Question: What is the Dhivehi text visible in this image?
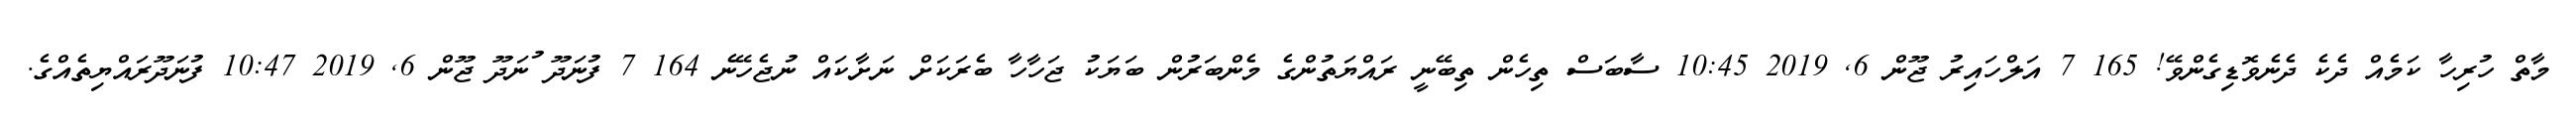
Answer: މާތް ހުރިހާ ކަމެއް ދެކެ ދެނެވޮޑިގެންވޭ! 165 7 އަލްހައިރު ޖޫން 6, 2019 10:45 ސާބަސް ތިހެން ތިބޭނީ ރައްޔަތުންގެ މެންބަރުން ބަޔަކު ޖަހާހާ ބެރަކަށް ނަށާކައް ނުޖެހޭނެ 164 7 ފުނަދޫ ުނަދޫ ޖޫން 6, 2019 10:47 ފުނަދޫރައްޔިތެއްގެ.